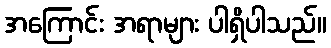
အကြောင်း အရာများ ပါရှိပါသည်။